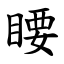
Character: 䁏